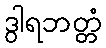
ဒွါရဘတ္တံ